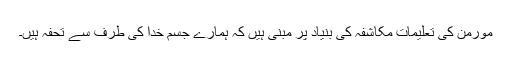
مورمن کی تعلیمات مکاشفہ کی بنیاد پر مبنی ہیں کہ ہمارے جسم خدا کی طرف سے تحفہ ہیں۔